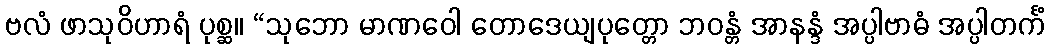
ဗလံ ဖာသုဝိဟာရံ ပုစ္ဆ။ “သုဘော မာဏဝေါ တောဒေယျပုတ္တော ဘဝန္တံ အာနန္ဒံ အပ္ပါဗာဓံ အပ္ပါတင်္ကံ